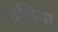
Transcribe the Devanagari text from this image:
चूतिया